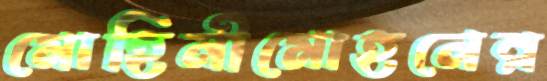
মোহিনীমোহনের